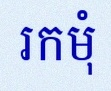
រកមុំ